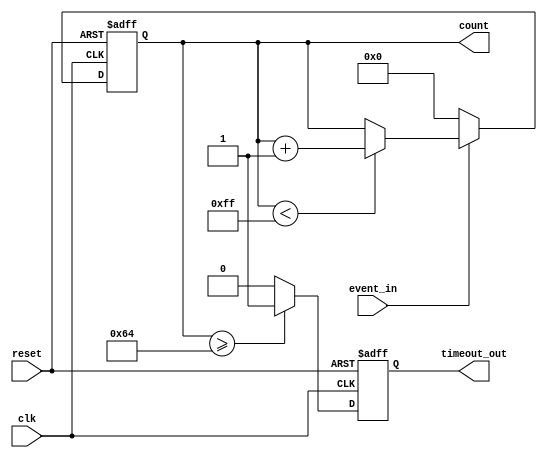
module timeout_counter #(
    parameter COUNTER_WIDTH = 8,  // Width of the counter
    parameter TIMEOUT_THRESHOLD = 100 // Time-out threshold value
)(
    input wire clk,                // Clock signal
    input wire reset,              // Reset signal
    input wire event_in,           // Event signal
    output reg [COUNTER_WIDTH-1:0] count, // Counter value
    output reg timeout_out         // Time-out signal
);

    // Always block for synchronous logic
    always @(posedge clk or posedge reset) begin
        if (reset) begin
            // Reset the counter and timeout signal
            count <= 0;
            timeout_out <= 0;
        end else begin
            if (event_in) begin
                // Increment the counter if the event is active
                if (count < (1 << COUNTER_WIDTH) - 1) begin
                    count <= count + 1;
                end
            end else begin
                // Reset the counter if the event is inactive
                count <= 0;
            end
            
            // Check for time-out condition
            if (count >= TIMEOUT_THRESHOLD) begin
                timeout_out <= 1; // Assert time-out signal
            end else begin
                timeout_out <= 0; // Deassert time-out signal
            end
        end
    end

endmodule